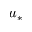
u _ { * }